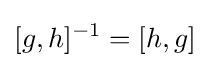
[g,h]^{-1}=[h,g]